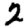
Digit: 2